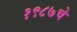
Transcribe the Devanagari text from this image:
१९८७चे